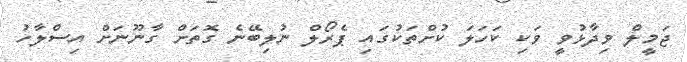
ޖަމީލް ވިދާޅުވީ ވަކި ކަހަލަ ކުށްތަކުގައި ޕެރޯލް ނުލިބޭނެ ގޮތަށް ގާނޫނަށް އިސްލާހު